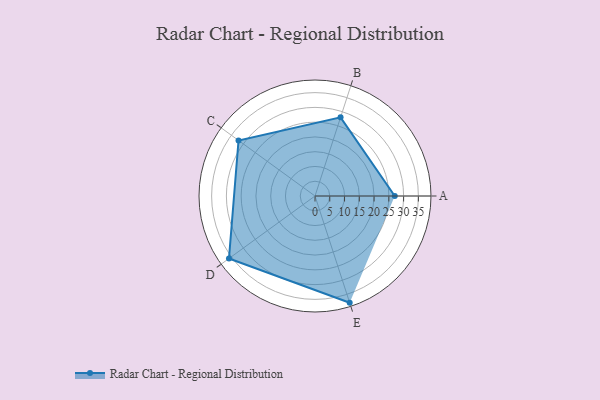
{"axis": {"x": "Skill", "y": "Score"}, "legend": ["Profile"], "data": [{"x": "A", "y": 27.0, "type": "Profile"}, {"x": "B", "y": 28.0, "type": "Profile"}, {"x": "C", "y": 32.0, "type": "Profile"}, {"x": "D", "y": 36.0, "type": "Profile"}, {"x": "E", "y": 38.0, "type": "Profile"}]}